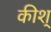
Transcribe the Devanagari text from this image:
कीश्